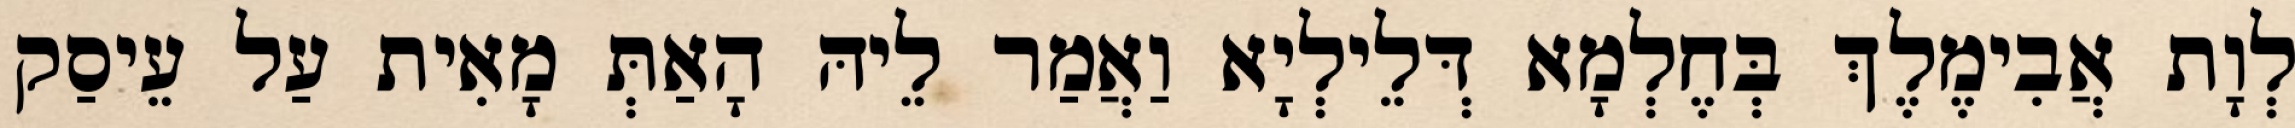
לְוָת אֲבִימֶלֶךְ בְּחֶלְמָא דְּלֵילְיָא וַאֲמַר לֵיהּ הָאַתְּ מָאִית עַל עֵיסַק